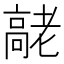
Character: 𦓄